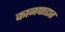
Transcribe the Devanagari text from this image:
कानपाडात